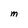
Character: M